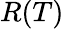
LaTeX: R(T)